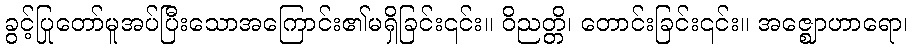
ခွင့်ပြုတော်မူအပ်ပြီးသောအကြောင်း၏မရှိခြင်း၎င်း။ ဝိညတ္တိ၊ တောင်းခြင်း၎င်း။ အဇ္ဈောဟာရော၊